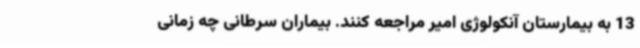
13 به بیمارستان آنکولوژی امیر مراجعه کنند. بیماران سرطانی چه زمانی